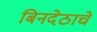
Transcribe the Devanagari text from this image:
बिनदेठाचे